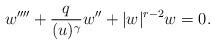
LaTeX: \begin{align*}w''''+ \frac{q}{(u)^{\gamma}} w''+ |w|^{r-2}w= 0.\end{align*}